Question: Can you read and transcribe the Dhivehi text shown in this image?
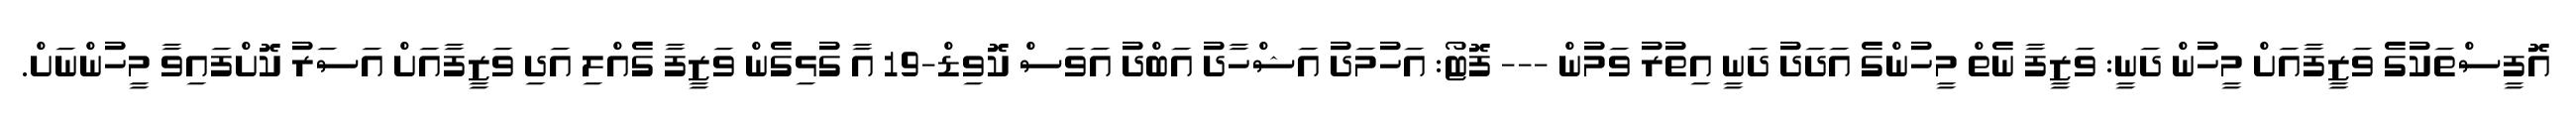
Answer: އޮފީސްތަކުގެ ވަޒީފާއަށް މީހުން ދަނީ: ވަޒީފާ ނެތް މީހުންގެ އަދަދު ދަނީ އިތުރު ވަމުން --- ފޮޓޯ: އަހުމަދު އަޝްހާދު އަބްދު އަވަސް ކޮވިޑް-19 އާ ގުޅިގެން ވަޒީފާ ގެއްލި އަދި ވަޒީފާއަށް އަސަރު ކޮށްފައިވާ މީހުންނަށް.